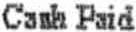
CASH PAID